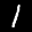
Label: 1